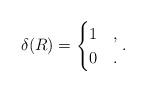
LaTeX: \begin{align*}\delta(R)=\begin{cases} 1 & ,\\ 0 & . \end{cases}.\end{align*}